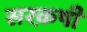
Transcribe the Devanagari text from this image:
सरक़षी